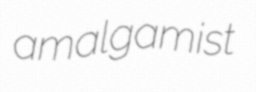
amalgamist